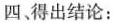
四、得出结论：